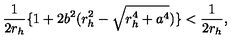
\frac { 1 } { 2 r _ { h } } \{ 1 + 2 b ^ { 2 } ( r _ { h } ^ { 2 } - \sqrt { r _ { h } ^ { 4 } + a ^ { 4 } } ) \} < \frac { 1 } { 2 r _ { h } } ,